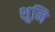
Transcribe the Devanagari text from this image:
शुनि